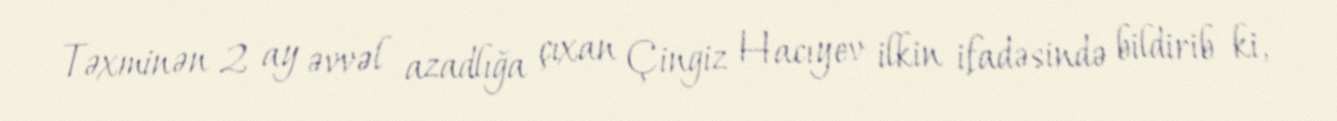
Təxminən 2 ay əvvəl azadlığa çıxan Çingiz Hacıyev ilkin ifadəsində bildirib ki,